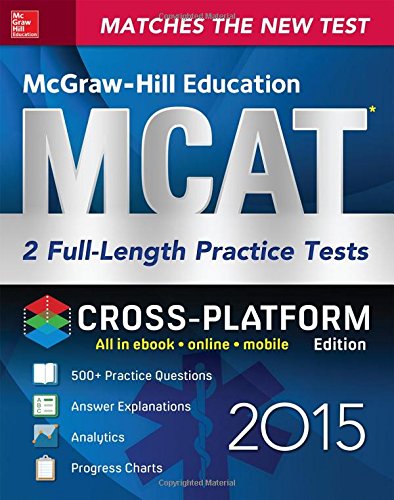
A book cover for McGraw-Hill Education MCAT 2 Full-length Practice Tests 2015, Cross-Platform Edition; George Hademenos; Test Preparation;